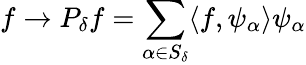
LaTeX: f\rightarrow P_{\delta}f=\sum_{\alpha\in S_{\delta}}\langle f,\psi_{\alpha}\rangle\psi_{\alpha}